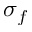
\sigma _ { f }